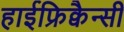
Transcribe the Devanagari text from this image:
हाईफ्रिक्वैन्सी